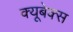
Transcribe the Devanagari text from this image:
क्यूबेक्स